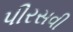
પીરસવી